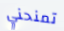
تمنحني